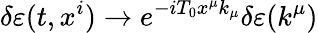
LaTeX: \delta\varepsilon(t,x^{i})\to e^{-iT_{0}x^{\mu}k_{\mu}}\delta\varepsilon(k^{\mu})